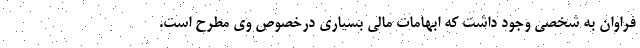
فراوان به شخصی وجود داشت که ابهامات مالی بسیاری درخصوص وی مطرح است.